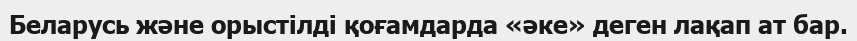
Беларусь және орыстілді қоғамдарда «әке» деген лақап ат бар.